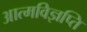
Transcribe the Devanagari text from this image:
आत्मविज्ञप्ति